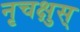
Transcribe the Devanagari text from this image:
नृचक्षुस्